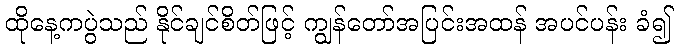
ထိုနေ့ကပွဲသည် နိုင်ချင်စိတ်ဖြင့် ကျွန်တော်အပြင်းအထန် အပင်ပန်း ခံ၍